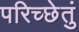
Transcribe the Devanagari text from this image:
परिच्छेतुं